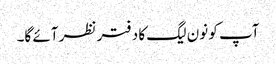
آپ کو نون لیگ کا دفتر نظر آئے گا۔